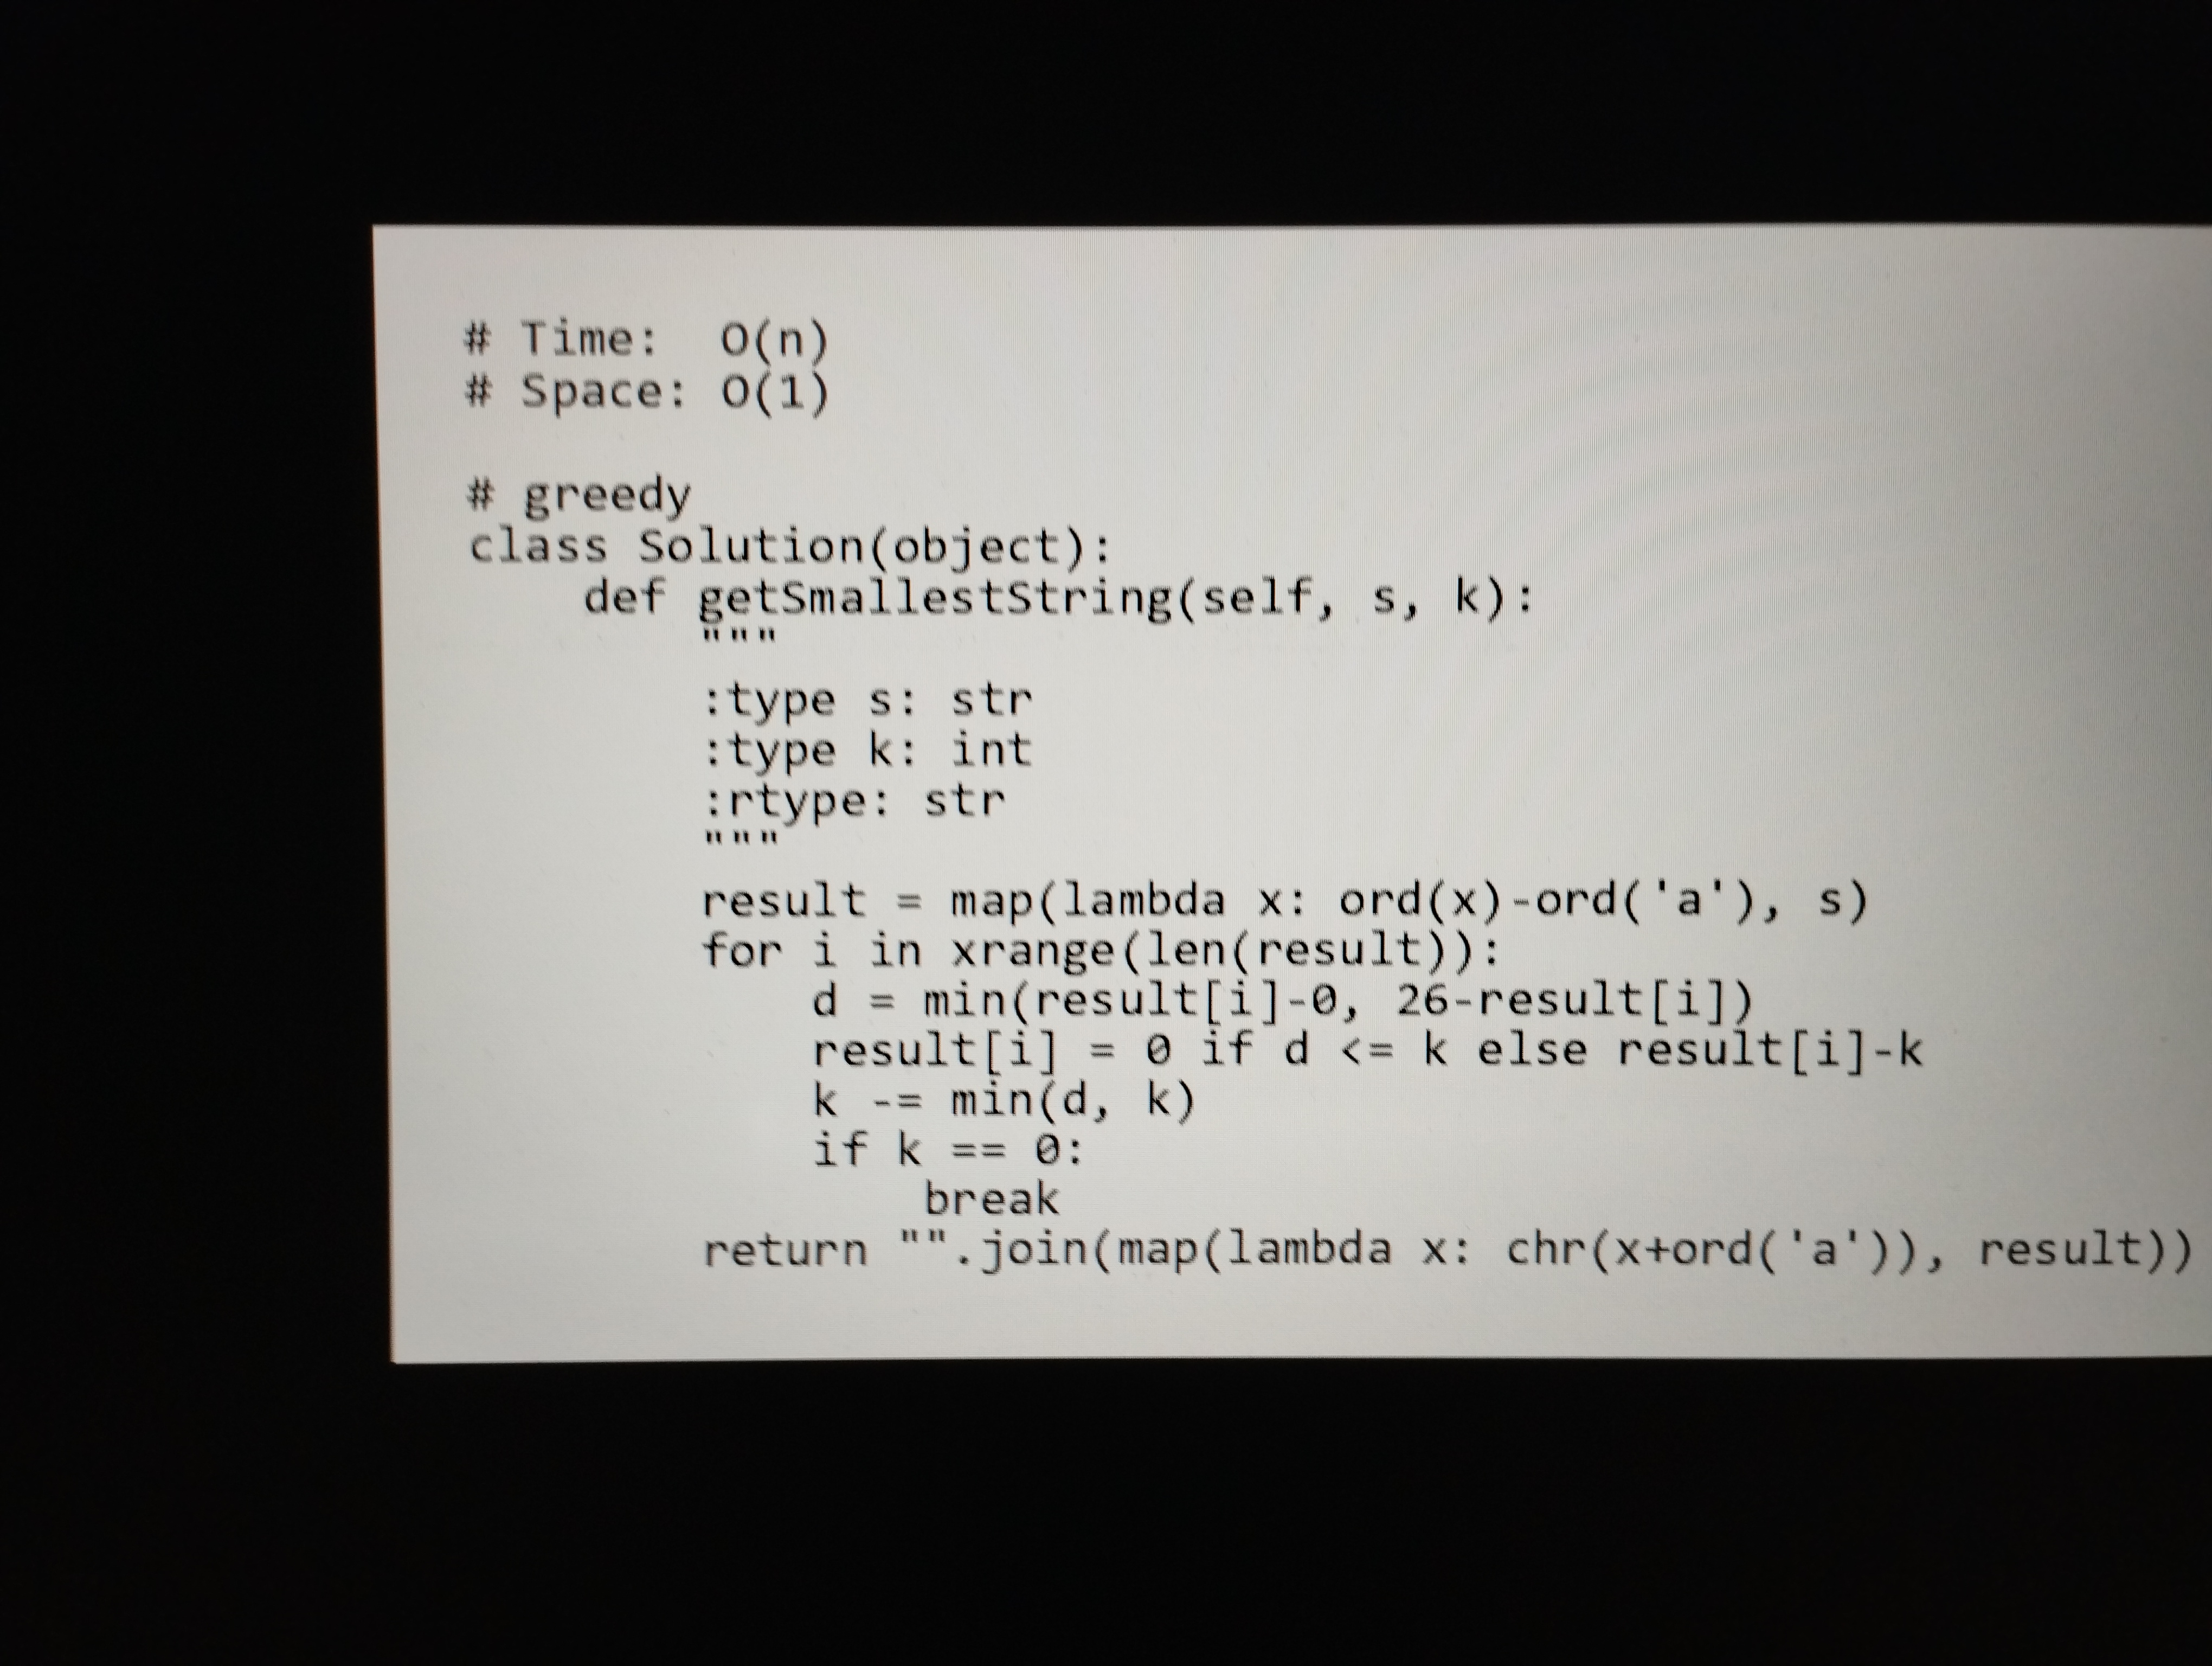
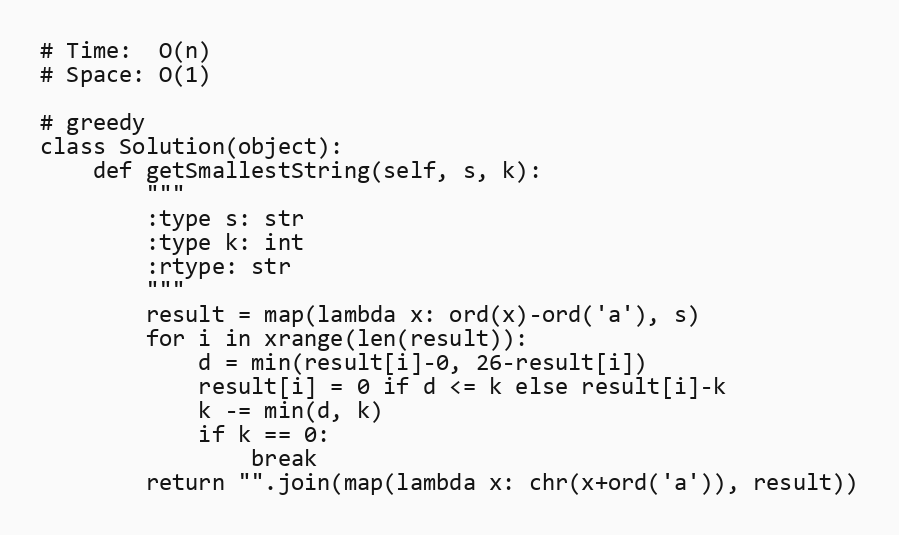
# Time:  O(n)
# Space: O(1)

# greedy
class Solution(object):
    def getSmallestString(self, s, k):
        """
        :type s: str
        :type k: int
        :rtype: str
        """
        result = map(lambda x: ord(x)-ord('a'), s)
        for i in xrange(len(result)):
            d = min(result[i]-0, 26-result[i])
            result[i] = 0 if d <= k else result[i]-k
            k -= min(d, k)
            if k == 0:
                break
        return "".join(map(lambda x: chr(x+ord('a')), result))